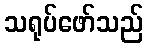
သရုပ်ဖော်သည်